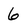
Character: 6